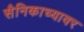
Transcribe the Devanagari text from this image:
सैनिकाच्यावर